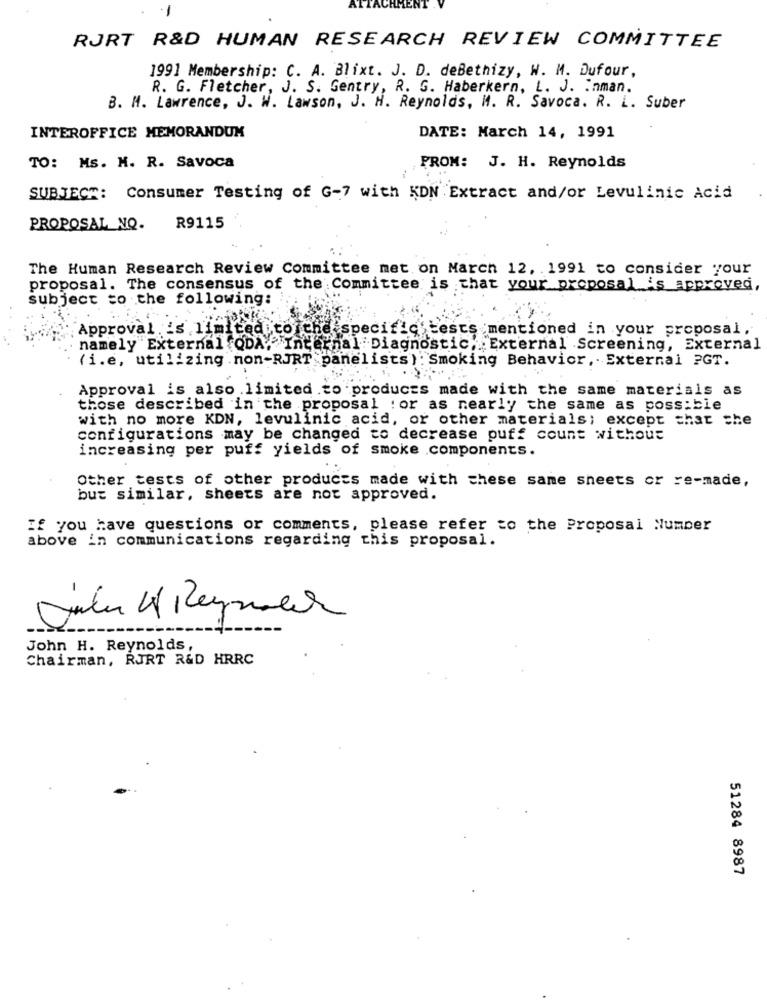
RJRT R&D HUMAN RESEARCH REVIEW COMMITTEE
1991 Membership: C. A. Blixt. J. D. deBethizy, W. M. Dufour,
R. G. Fletcher, J. S. Gentry, R. G. Haberkern, L. J. : nman.
B. H. Lawrence, J. W. Lawson, J. H. Reynolds, M. R. Savoca. R. L. Suber
INTEROFFICE MEMORANDUM
DATE: March 14, 1991
TO: Ms. M. R. Savoca
FROM: J. H. Reynolds
SUBJECT: Consumer Testing of G-7 with KDN Extract and/or Levulinic Acid
PROPOSAL_ NO.
R9115
The Human Research Review Committee met on March 12. 1991 to consider your
proposal. The consensus of the Committee is that your proposal is approved,
subject to the following:
Approval is limited to the specific tests mentioned in your proposal,
namely External QDA, Internal Diagnostic, External Screening, External
(i.e, utilizing .non-RJRT panelists) : Smoking Behavior, . External ?GT.
Approval is also limited to produces made with the same materiais as
those described in the proposal : or as nearly the same as possible
with no more KDN, levulinic acid, or other materials; except that she
configurations may be changed to decrease puff count without
increasing per puff yields of smoke .components.
Other tests of other products made with these same sheets or re-made,
but similar, sheets are not approved.
If you have questions or comments, please refer to the Proposal Number
above in communications regarding this proposal.
John H. Reynolds,
Chairman, RJRT R&D HRRC
51284 8987